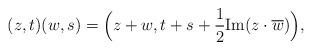
LaTeX: \begin{align*}(z,t) (w,s) = \Big( z+w,t+s+\frac12 \mathrm{Im}(z \cdot \overline{w}) \Big), \end{align*}